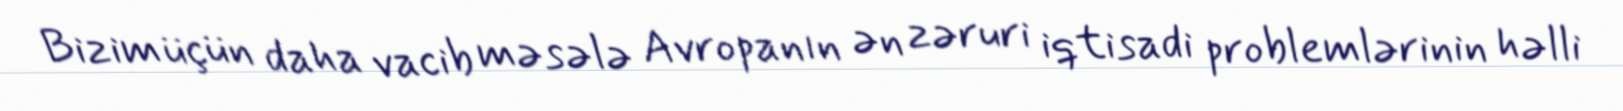
Bizim üçün daha vacib məsələ Avropanın ən zəruri iqtisadi problemlərinin həlli